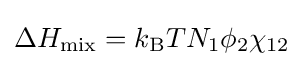
\Delta H_{\rm {mix}}=k_{\rm {B}}TN_{1}\phi _{2}\chi _{12}